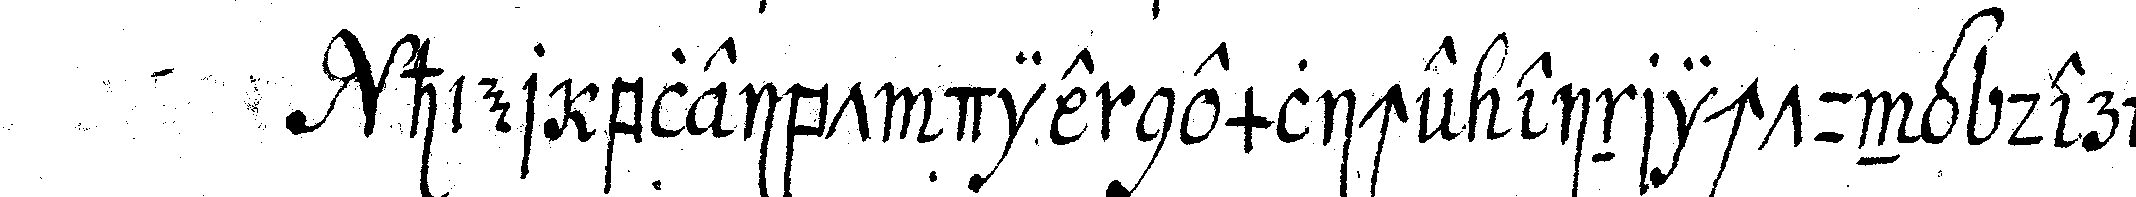
hier bleibt die nemliche einrichtung der *tri..*